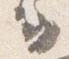
云